Civil Veterinary Department Bihar & Orissa reports 1929-36 - 1929-1936
Year: 1929
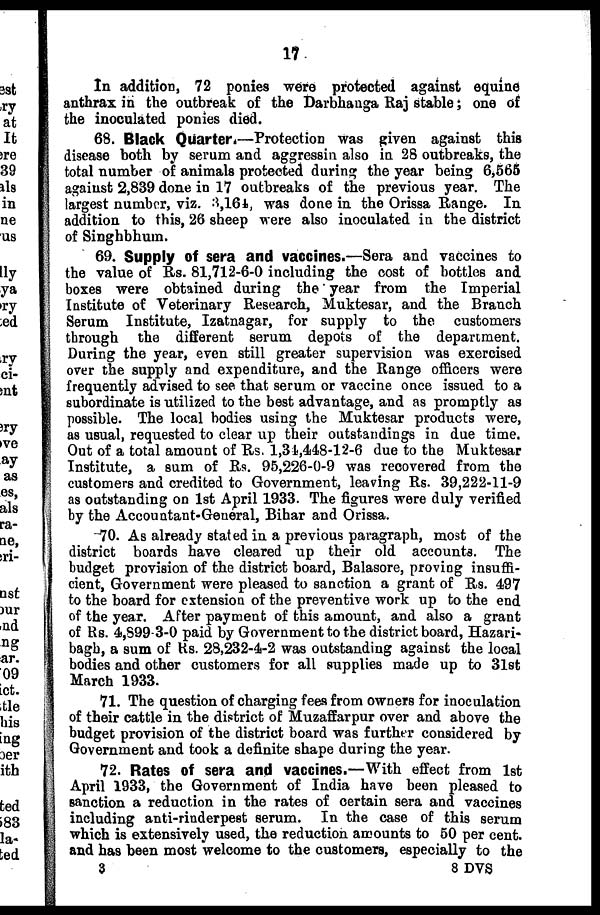
17
In addition, 72 ponies were protected against equine
anthrax in the outbreak of the Darbhauga Raj stable; one of
the inoculated ponies died.
68. Black Quarter.—Protection was given against this
disease both by serum and aggressin also in 28 outbreaks, the
total number of animals protected during the year being 6,565
against 2,839 done in 17 outbreaks of the previous year. The
largest number, viz. 3,164, was done in the Orissa Range. In
addition to this, 26 sheep were also inoculated in the district
of Singhbhum.
69. Supply of sera and vaccines.—Sera and vaccines to
the value of Rs. 81,712-6-0 including the cost of bottles and
boxes were obtained during the year from the Imperial
Institute of Veterinary Research, Muktesar, and the Branch
Serum Institute, Izatnagar, for supply to the customers
through the different serum depots of the department.
During the year, even still greater supervision was exercised
over the supply and expenditure, and the Range officers were
frequently advised to see that serum or vaccine once issued to a
subordinate is utilized to the best advantage, and as promptly as
possible. The local bodies using the Muktesar products were,
as usual, requested to clear up their outstandings in due time.
Out of a total amount of Rs. 1,34,448-12-6 due to the Muktesar
Institute, a sum of Rs. 95,226-0-9 was recovered from the
customers and credited to Government, leaving Rs. 39,222-11-9
as outstanding on 1st April 1933. The figures were duly verified
by the Accountant-General, Bihar and Orissa.
70. As already stated in a previous paragraph, most of the
district boards have cleared up their old accounts. The
budget provision of the district board, Balasore, proving insuffi-
cient, Government were pleased to sanction a grant of Rs. 497
to the board for extension of the preventive work up to the end
of the year. After payment of this amount, and also a grant
of Rs. 4,899 3-0 paid by Government to the district board, Hazari-
bagb, a sum of Rs. 28,232-4-2 was outstanding against the local
bodies and other customers for all supplies made up to 31st
March 1933.
71. The question of charging fees from owners for inoculation
of their cattle in the district of Muzaffarpur over and above the
budget provision of the district board was further considered by
Government and took a definite shape during the year.
72. Rates of sera and vaccines.—With effect from 1st
April 1933, the Government of India have been pleased to
sanction a reduction in the rates of certain sera and vaccines
including anti-rinderpest serum. In the case of this serum
which is extensively used, the reduction amounts to 50 per cent.
and has been most welcome to the customers, especially to the
3
8 DVS